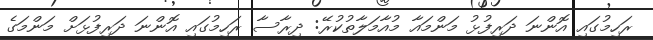
ރަހިމުގައި އޮންނަ ދަރިފުޅު މަންމައާ މުއާމަލާތުކުރޭ: ދިރާސާ ރަހިމުގައި އޮންނަ ދަރިފުޅަށް މަންމަގެ